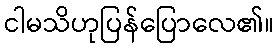
ငါမသိဟုပြန်ပြောလေ၏။